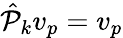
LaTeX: \hat{\mathcal P}_{k}v_{p}=v_{p}